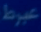
عبرط